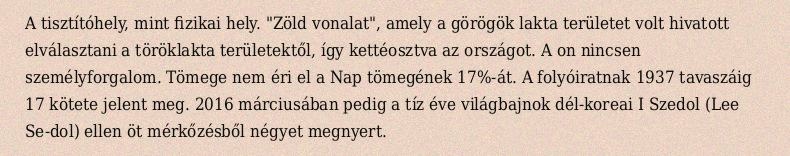
A tisztítóhely, mint fizikai hely. "Zöld vonalat", amely a görögök lakta területet volt hivatott elválasztani a töröklakta területektől, így kettéosztva az országot. A on nincsen személyforgalom. Tömege nem éri el a Nap tömegének 17%-át. A folyóiratnak 1937 tavaszáig 17 kötete jelent meg. 2016 márciusában pedig a tíz éve világbajnok dél-koreai I Szedol (Lee Se-dol) ellen öt mérkőzésből négyet megnyert.